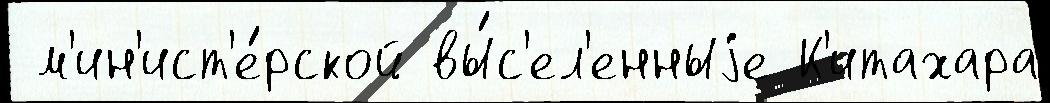
 м'ин'ист'е́рской вы́с'ел'енныjе К'итахара